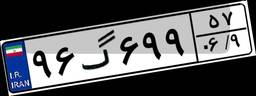
۹۶گ۵۷۸۸۳